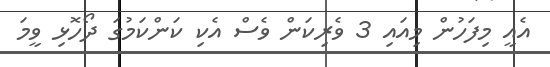
އެއީ މިފަހުން މިއައި 3 ވެރިކަން ވެސް އެކި ކަންކަމުގަ ދޯހޮޅި ވީމަ